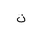
Letter: _non